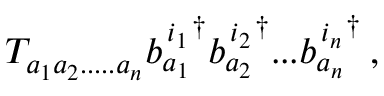
T _ { a _ { 1 } a _ { 2 } . . . . . a _ { n } } { b _ { a _ { 1 } } ^ { \, i _ { 1 } } } ^ { \dagger } { b _ { a _ { 2 } } ^ { \, i _ { 2 } } } ^ { \dagger } . . . { b _ { a _ { n } } ^ { \, i _ { n } } } ^ { \dagger } \: ,